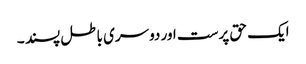
ایک حق پرست اور دوسری باطل پسند ۔